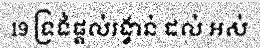
19 ទ្រង់ផ្តល់រង្វាន់ ដល់ អស់